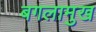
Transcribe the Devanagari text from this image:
बगलामुख